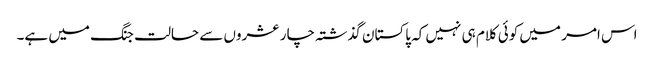
اس امر میں کوئی کلام ہی نہیں کہ پاکستان گذشتہ چار عشروں سے حالت جنگ میں ہے۔